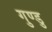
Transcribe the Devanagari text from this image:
गुण्डु